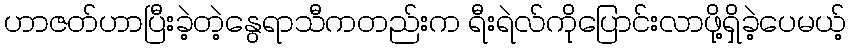
ဟာဇတ်ဟာပြီးခဲ့တဲ့နွေရာသီကတည်းက ရီးရဲလ်ကိုပြောင်းလာဖို့ရှိခဲ့ပေမယ့်